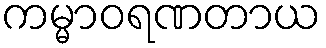
ကမ္မာဝရဏတာယ